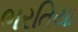
ભરતિયા